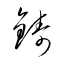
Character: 鑄